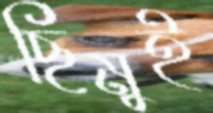
ছিমুই